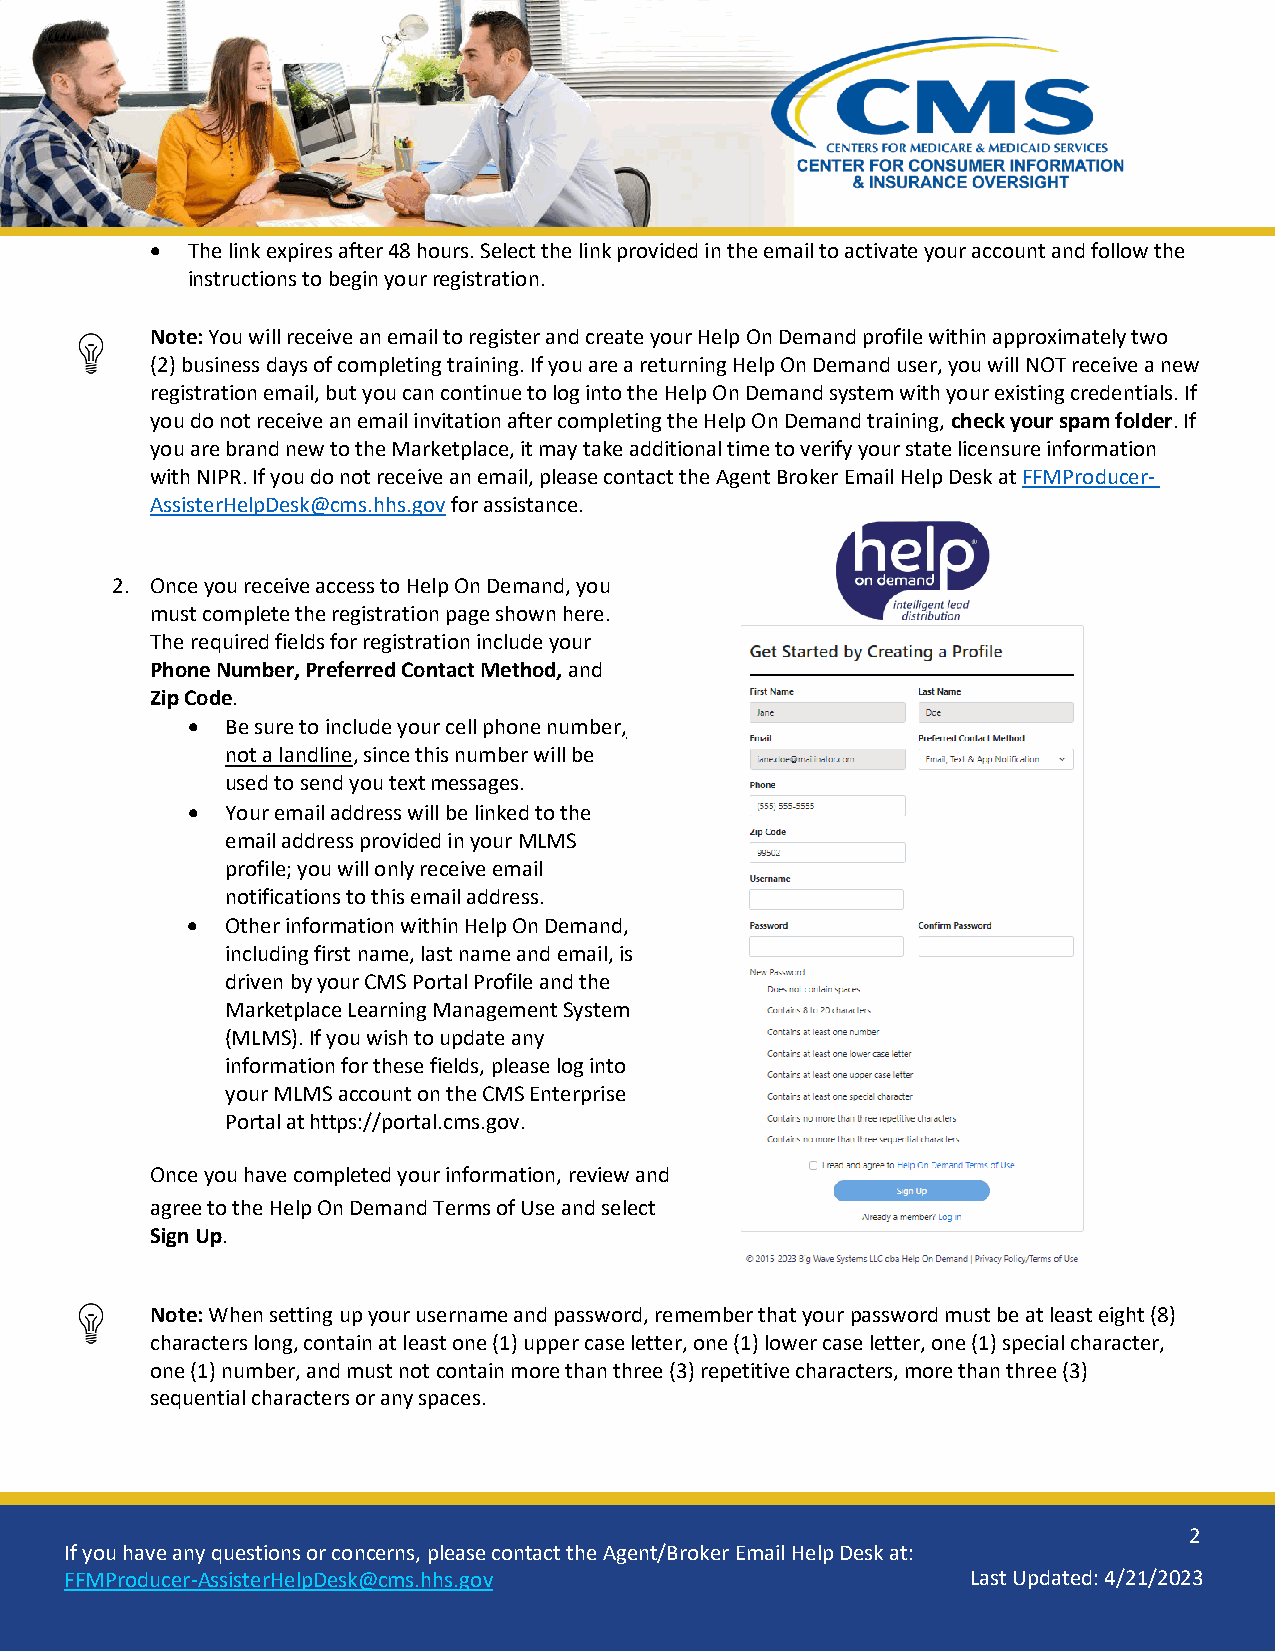
• The link expires after 48 hours. Select the link provided in the email to activate your account and follow the
 instructions to begin your registration.
 Note: You will receive an email to register and create your Help On Demand profile within approximately two
 (2) business days of completing training. If you are a returning Help On Demand user, you will NOT receive a new
 registration email, but you can continue to log into the Help On Demand system with your existing credentials. If
 you do not receive an email invitation after completing the Help On Demand training, check your spam folder. If
 you are brand new to the Marketplace, it may take additional time to verify your state licensure information
 with NIPR. If you do not receive an email, please contact the Agent Broker Email Help Desk at FFMProducer-
 AssisterHelpDesk@cms.hhs.gov for assistance.
 2. Once you receive access to Help On Demand, you
 must complete the registration page shown here.
 The required fields for registration include your
 Phone Number, Preferred Contact Method, and
 Zip Code.
 •  Be sure to include your cell phone number,
 not a landline, since this number will be
 used to send you text messages.
 •  Your email address will be linked to the
 email address provided in your MLMS
 profile; you will only receive email
 notifications to this email address.
 •  Other information within Help On Demand,
 including first name, last name and email, is
 driven by your CMS Portal Profile and the
 Marketplace Learning Management System
 (MLMS). If you wish to update any
 information for these fields, please log into
 your MLMS account on the CMS Enterprise
 Portal at https://portal.cms.gov.
 Once you have completed your information, review and
 agree to the Help On Demand Terms of Use and select
 Sign Up.
 Note: When setting up your username and password, remember that your password must be at least eight (8)
 characters long, contain at least one (1) upper case letter, one (1) lower case letter, one (1) special character,
 one (1) number, and must not contain more than three (3) repetitive characters, more than three (3)
 sequential characters or any spaces.
 2
 If you have any questions or concerns, please contact the Agent/Broker Email Help Desk at:
 FFMProducer-AssisterHelpDesk@cms.hhs.gov                    Last Updated: 4/21/2023